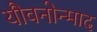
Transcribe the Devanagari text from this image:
यौवनोन्माद